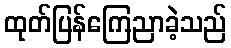
ထုတ်ပြန်ကြေညာခဲ့သည်